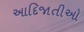
આદિજાતીઓ